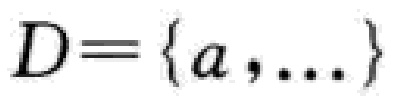
$D = \{ a,\ldots\}$